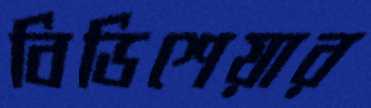
বিডিশেয়ার